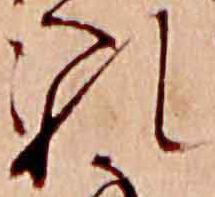
れ